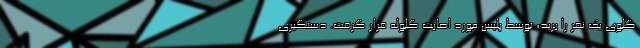
گلوی یک نفر را برید، توسط پلیس مورد اصابت گلوله قرار گرفت. دستگیری